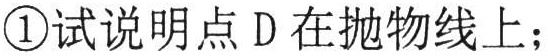
\textcircled{1}试说明点\(D\)在抛物线上；